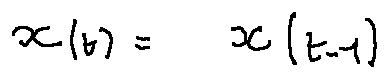
x ( t ) = x ( t - 1 )